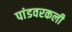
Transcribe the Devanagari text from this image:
पांडवरकली